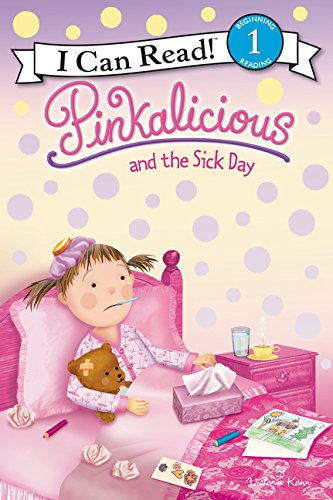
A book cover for Pinkalicious and the Sick Day (I Can Read Level 1); Victoria Kann; Children's Books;